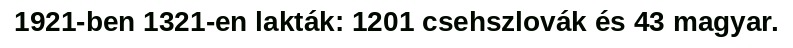
1921-ben 1321-en lakták: 1201 csehszlovák és 43 magyar.